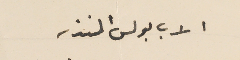
الاب بولس المنذر